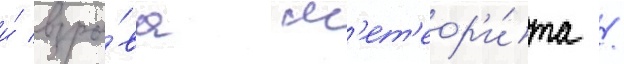
и́ взры́ва м'ет'еор'и́та /